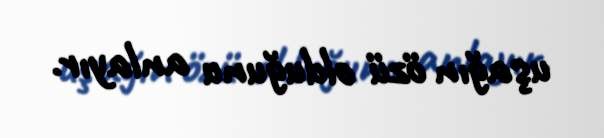
uşağın özü olduğunu anlayır.